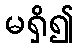
မရှိ၍